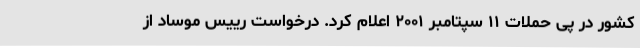
کشور در پی حملات ۱۱ سپتامبر ۲۰۰۱ اعلام کرد. درخواست رییس موساد از